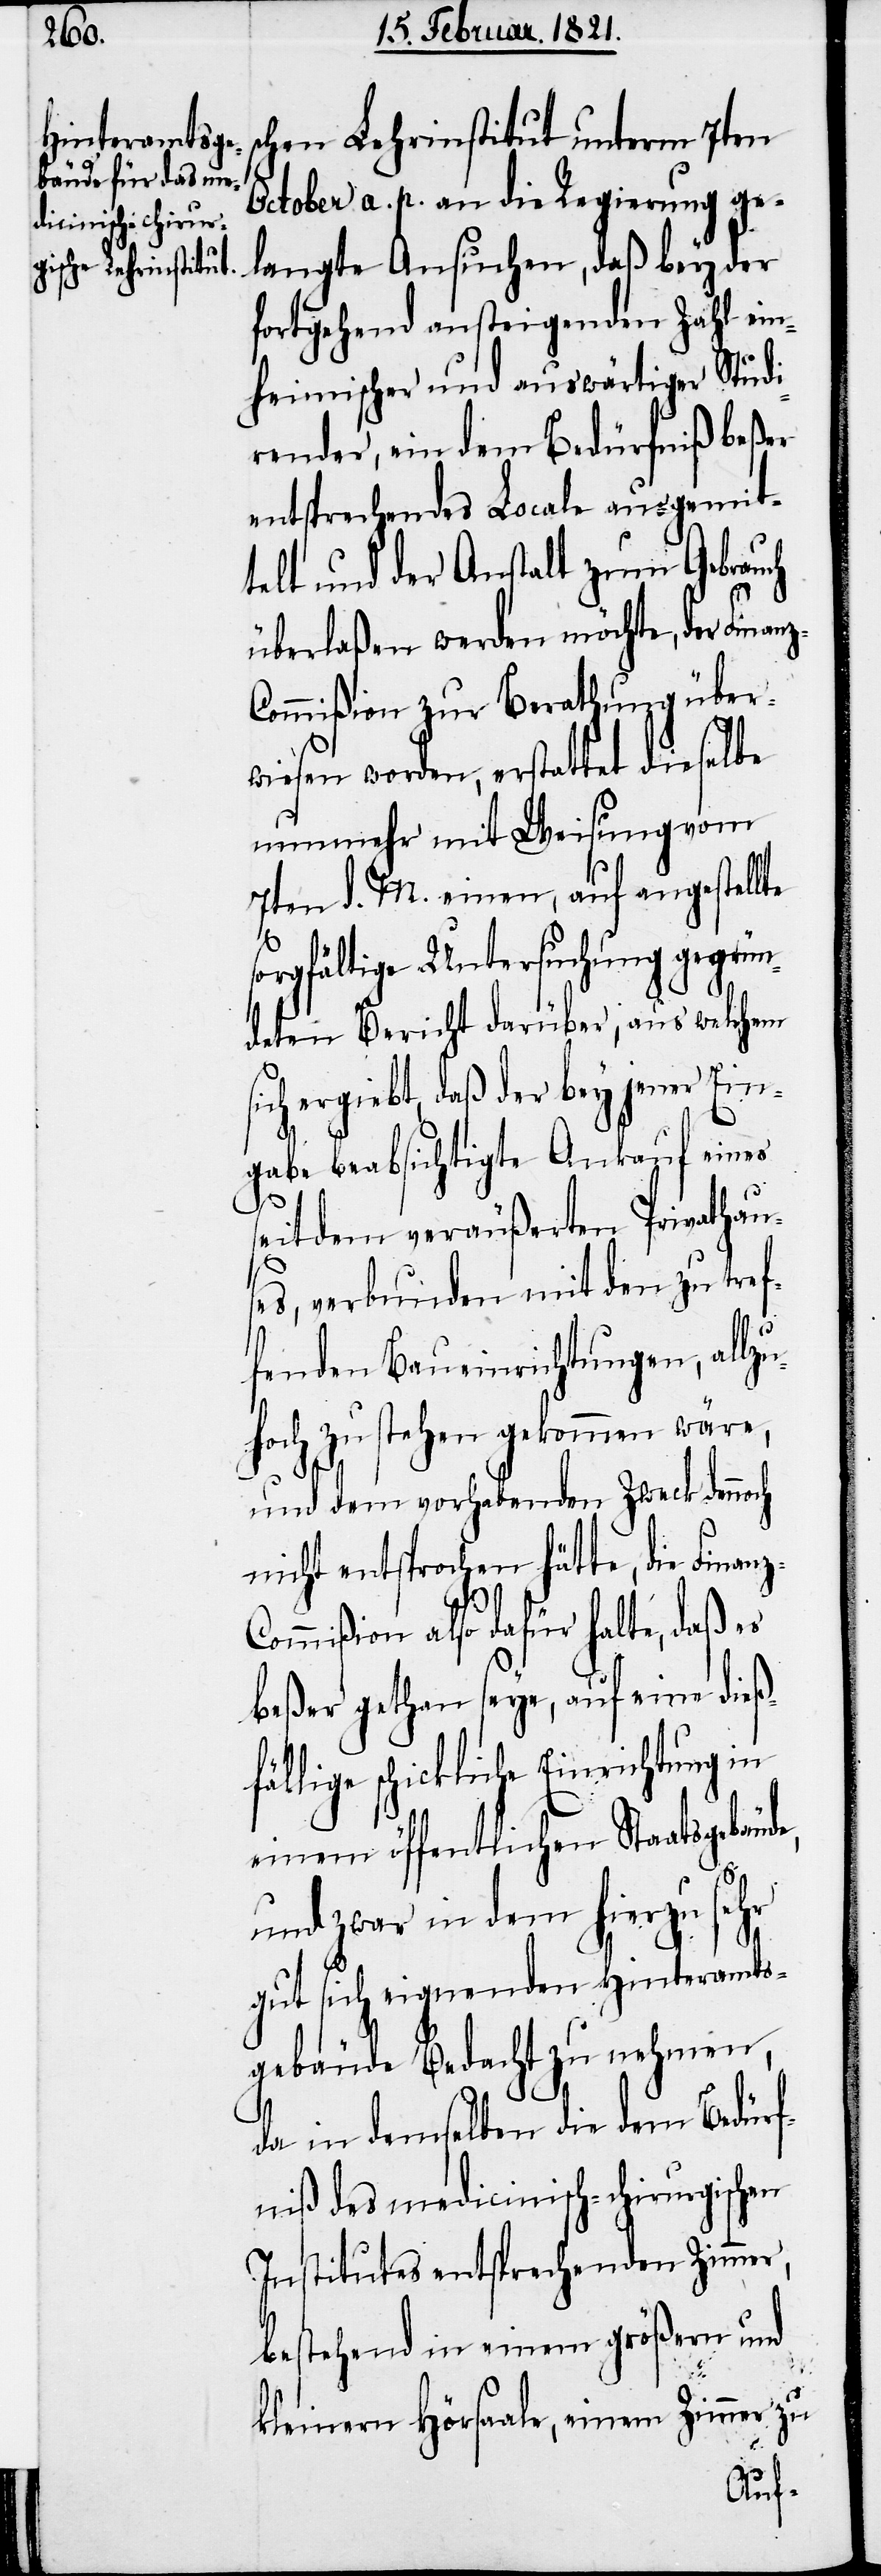
chen Lehrinstitut unterm 7ten
October a. p. an die Regierung ge¬
langte Ansuchen, daß bey der
fortgehend ansteigenden Zahl ein¬
heimischer und auswärtiger Studi¬
render, ein dem Bedürfniß beßer
entsprechendes Locale ausgemit¬
telt und der Anstalt zum Gebrauch
überlaßen werden möchte, der Fina¬
ommißion zur Berathung über¬
wiesen worden, erstattet dieselbe
nunmehr mit Weisung vom
7ten d. M. einen, auf angestellte
orgfältige Untersuchung gegrün¬
deten Bericht darüber, aus welchem
ich ergiebt, daß der bey jener Ein¬
gabe beabsichtigte Ankauf eines
seitdem veräußerten Privathaus¬
es, verbunden mit den zu tref¬
fenden Baueinrichtungen, allzu
hoch zu stehen gekommen wäre,
und dem vorhabenden Zweck dennoch
nicht entsprochen hätte, die Finan¬
ommißion also dafür halte, daß es
beßer gethan seye, auf eine dieß¬
fällige schickliche Einrichtung in
einem öffentlichen Staatsgebäude,
und zwar in dem hierzu sehr
gut sich eignenden Hinteramts¬
gebäude Bedacht zu nehmen,
s¬
da in demselben die dem Bedürf¬
niß des medicinisch-chirurgischen
Instituts entsprechenden Zimmer,
bestehend in einem größern und
z-C¬
kleinern Hörsaale, einem Zimmer zu